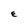
Character: E